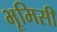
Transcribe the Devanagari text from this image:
भूमिसी